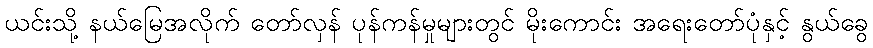
ယင်းသို့ နယ်မြေအလိုက် တော်လှန် ပုန်ကန်မှုများတွင် မိုးကောင်း အရေးတော်ပုံနှင့် နွယ်ခွေ